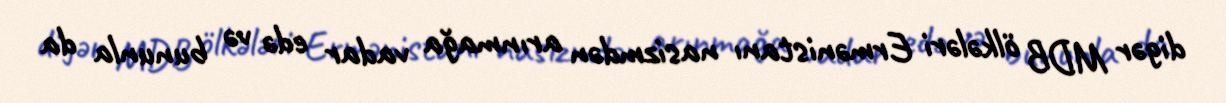
digər MDB ölkələri Ermənistanı nasizmdən arınmağa vadar edə və bununla da